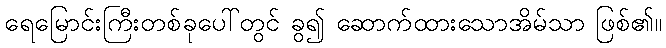
ရေမြောင်းကြီးတစ်ခုပေါ်တွင် ခွ၍ ဆောက်ထားသောအိမ်သာ ဖြစ်၏။